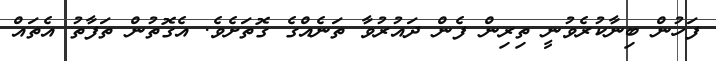
ފަހުން ބިނާކުރެވުނީ ތިރިން ފެން ދައުރުވާ ތަނެއްގެ ގޮތަށެވެ. އެގޮތުން ތަފާތު އެތައް